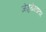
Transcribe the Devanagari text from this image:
जेजुरीगडावर